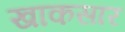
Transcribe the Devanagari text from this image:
खाकसार